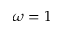
\omega = 1